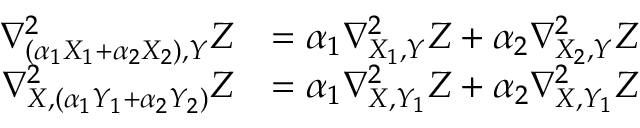
\begin{array} { r l } { \nabla _ { ( \alpha _ { 1 } X _ { 1 } + \alpha _ { 2 } X _ { 2 } ) , Y } ^ { 2 } Z } & { = \alpha _ { 1 } \nabla _ { X _ { 1 } , Y } ^ { 2 } Z + \alpha _ { 2 } \nabla _ { X _ { 2 } , Y } ^ { 2 } Z } \\ { \nabla _ { X , ( \alpha _ { 1 } Y _ { 1 } + \alpha _ { 2 } Y _ { 2 } ) } ^ { 2 } Z } & { = \alpha _ { 1 } \nabla _ { X , Y _ { 1 } } ^ { 2 } Z + \alpha _ { 2 } \nabla _ { X , Y _ { 1 } } ^ { 2 } Z } \end{array}